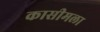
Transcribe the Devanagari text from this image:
कासीमला